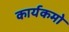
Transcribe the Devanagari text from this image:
कार्यकमो